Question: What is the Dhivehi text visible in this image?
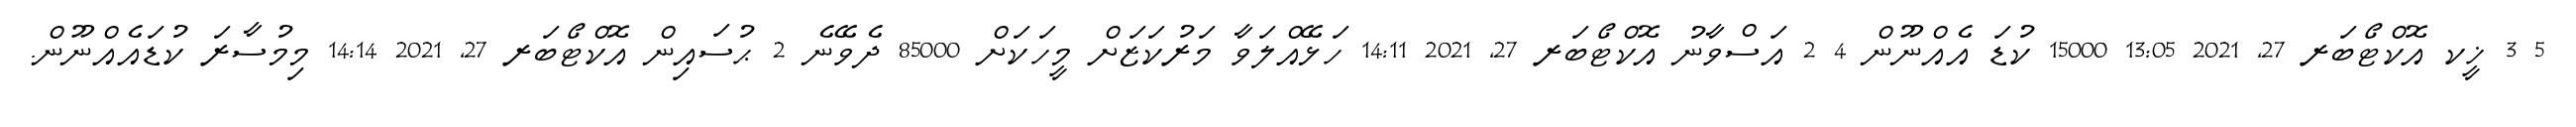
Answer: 5 3 ޚީކ އޮކްޓޯބަރ 27, 2021 13:05 15000 ކުޑަ އެއްނޫން 4 2 އަސްވާނު އޮކްޓޯބަރ 27, 2021 14:11 ހަޅޭއްލަވާ މަރުކަޒަށް މީހަކަށް 85000 ދެވޭނެ 2 ޙުސައިން އޮކްޓޯބަރ 27, 2021 14:14 މިމުސާރަ ކުޑައެއްނޫން.